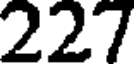
227